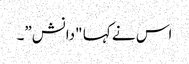
اس نے کہا "دانش”۔